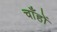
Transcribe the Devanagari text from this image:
चाँहों